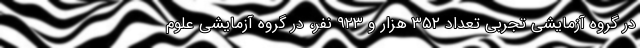
در گروه آزمایشی تجربی تعداد ۳۵۲ هزار و ۹۲۳ نفر، در گروه آزمایشی علوم